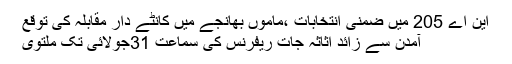
این اے 205 میں ضمنی انتخابات ،ماموں بھانجے میں کانٹے دار مقابلہ کی توقع
آمدن سے زائد اثاثہ جات ریفرنس کی سماعت 31جولائی تک ملتوی